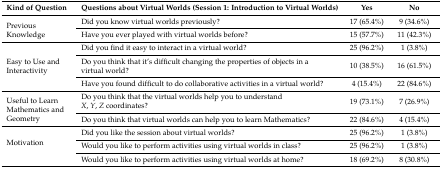
<table><thead><tr><td><b>Kind of Question</b></td><td><b>Questions about Virtual Worlds (Session 1: Introduction to Virtual Worlds)</b></td><td><b>Yes</b></td><td><b>No</b></td></tr></thead><tbody><tr><td rowspan="2">Previous Knowledge</td><td>Did you know virtual worlds previously?</td><td>17 (65.4%)</td><td>9 (34.6%)</td></tr><tr><td>Have you ever played with virtual worlds before?</td><td>15 (57.7%)</td><td>11 (42.3%)</td></tr><tr><td rowspan="3">Easy to Use and Interactivity</td><td>Did you find it easy to interact in a virtual world?</td><td>25 (96.2%)</td><td>1 (3.8%)</td></tr><tr><td>Do you think that it’s difficult changing the properties of objects in a virtual world?</td><td>10 (38.5%)</td><td>16 (61.5%)</td></tr><tr><td>Have you found difficult to do collaborative activities in a virtual world?</td><td>4 (15.4%)</td><td>22 (84.6%)</td></tr><tr><td rowspan="2">Useful to Learn Mathematics and Geometry</td><td>Do you think that the virtual worlds help you to understand <i>X</i>, <i>Y</i>, <i>Z</i> coordinates?</td><td>19 (73.1%)</td><td>7 (26.9%)</td></tr><tr><td>Do you think that virtual worlds can help you to learn Mathematics?</td><td>22 (84.6%)</td><td>4 (15.4%)</td></tr><tr><td rowspan="3">Motivation</td><td>Did you like the session about virtual worlds?</td><td>25 (96.2%)</td><td>1 (3.8%)</td></tr><tr><td>Would you like to perform activities using virtual worlds in class?</td><td>25 (96.2%)</td><td>1 (3.8%)</td></tr><tr><td>Would you like to perform activities using virtual worlds at home?</td><td>18 (69.2%)</td><td>8 (30.8%)</td></tr></tbody></table>